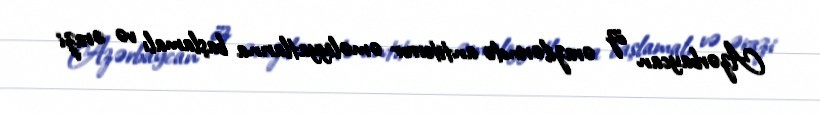
Azərbaycan öz ərazilərində antiterror əməliyyatlarına başlamalı və ərazi